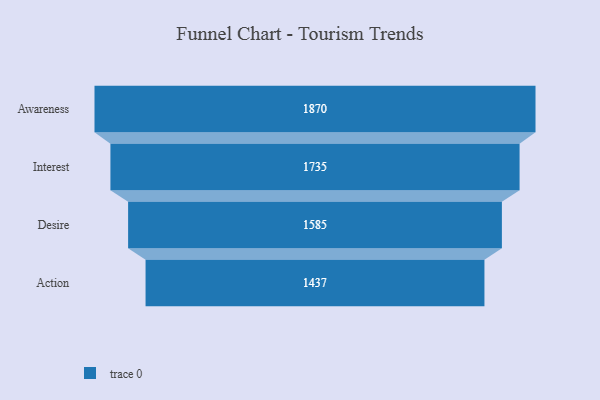
{"axis": {"x": "Stage", "y": "Value"}, "legend": [""], "data": [{"x": "Awareness", "y": 1870.0, "type": ""}, {"x": "Interest", "y": 1735.0, "type": ""}, {"x": "Desire", "y": 1585.0, "type": ""}, {"x": "Action", "y": 1437.0, "type": ""}]}